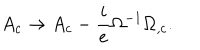
A _ { c } \rightarrow A _ { c } - \frac { i } { e } \Omega ^ { - 1 } \Omega _ { , c } .